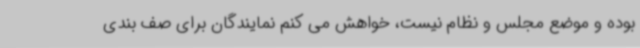
بوده و موضع مجلس و نظام نیست، خواهش می کنم نمایندگان برای صف بندی